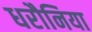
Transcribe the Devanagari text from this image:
धरौनिया